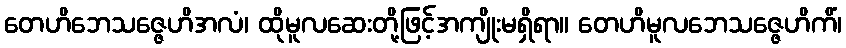
တေဟိဘေသဇ္ဇေဟိအလံ၊ ထိုမူလဆေးတို့ဖြင့်အကျိုးမရှိရာ။ တေဟိမူလဘေသဇ္ဇေဟိကိံ၊